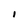
Character: I